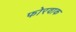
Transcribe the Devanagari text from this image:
फोरवाक